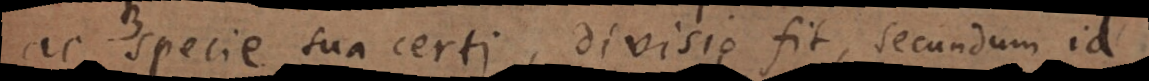
ac specie sua certi divisio fit, secundum id